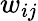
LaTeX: w_{ij}